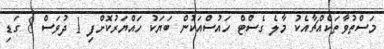
މަސްތުވާތަކެއްޗާއެކު މާލެ ގެސްޓް ހައުސްއަކުން ބަޔަކު ހައްޔަރުކޮށްފި 1 ދުވަސް 8 ގަޑި